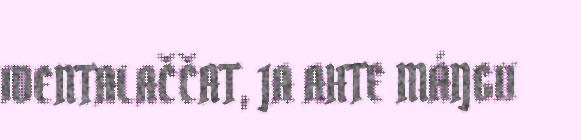
IDENTALAČČAT, JA AHTE MÁŊGII